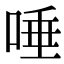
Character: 唾